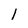
Character: 1